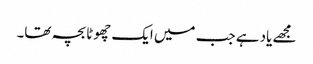
مجھے یاد ہے جب میں ایک چھوٹا بچہ تھا۔